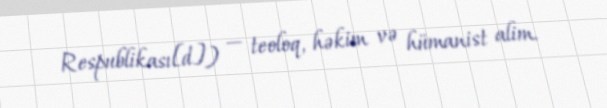
Respublikası[d]) — teoloq, həkim və hümanist alim.